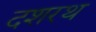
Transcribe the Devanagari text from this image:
दशरथ